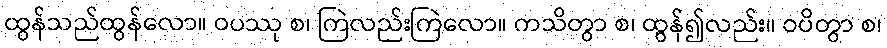
ထွန်သည်ထွန်လော။ ဝပဿု စ၊ ကြဲလည်းကြဲလော။ ကသိတွာ စ၊ ထွန်၍လည်း။ ဝပိတွာ စ၊